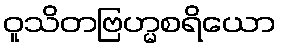
ဝူသိတဗြဟ္မစရိယော